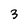
Character: 3